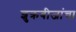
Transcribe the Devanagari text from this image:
शुक्रबीजांचा